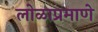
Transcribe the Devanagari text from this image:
लोळाप्रमाणे